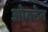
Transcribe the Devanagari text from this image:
ओक्टेन